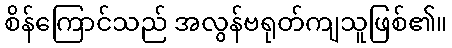
စိန်ကြောင်သည် အလွန်ဗရုတ်ကျသူဖြစ်၏။